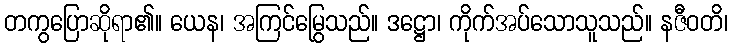
တကွပြောဆိုရာ၏။ ယေန၊ အကြင်မြွေသည်။ ဒဋ္ဌော၊ ကိုက်အပ်သောသူသည်။ နဇီဝတိ၊